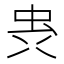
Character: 𮓼